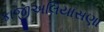
કાજીઅલિયાસણા